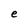
Character: e